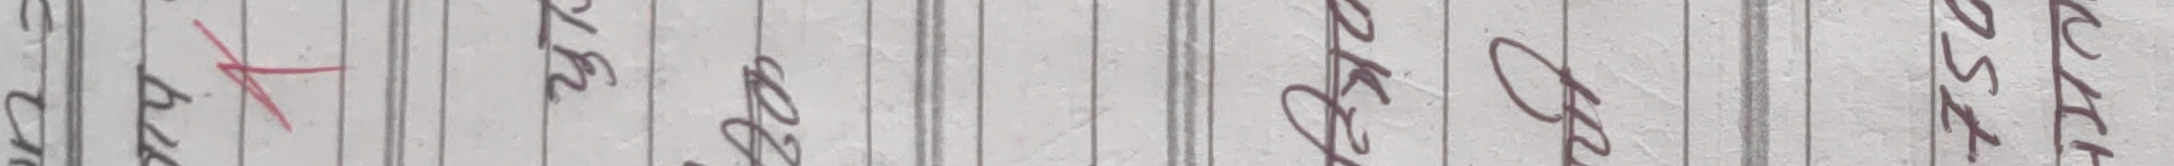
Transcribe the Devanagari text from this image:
कट्‌ठू